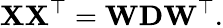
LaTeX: \mathbf{X}\mathbf{X}^{\top}=\mathbf{WDW}^{\top}.